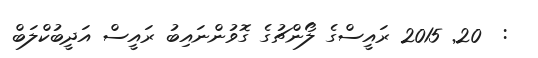
:  20